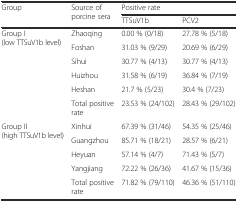
<table><thead><tr><td rowspan="2"><b>Group</b></td><td rowspan="2"><b>Source of porcine sera</b></td><td colspan="2"><b>Positive rate</b></td></tr><tr><td><b>TTSuV1b</b></td><td><b>PCV2</b></td></tr></thead><tbody><tr><td rowspan="6">Group I (low TTSuV1b level)</td><td>Zhaoqing</td><td>0.00 % (0/18)</td><td>27.78 % (5/18)</td></tr><tr><td>Foshan</td><td>31.03 % (9/29)</td><td>20.69 % (6/29)</td></tr><tr><td>Sihui</td><td>30.77 % (4/13)</td><td>30.77 % (4/13)</td></tr><tr><td>Huizhou</td><td>31.58 % (6/19)</td><td>36.84 % (7/19)</td></tr><tr><td>Heshan</td><td>21.7 % (5/23)</td><td>30.4 % (7/23)</td></tr><tr><td>Total positive rate</td><td>23.53 % (24/102)</td><td>28.43 % (29/102)</td></tr><tr><td rowspan="5">Group II (high TTSuV1b level)</td><td>Xinhui</td><td>67.39 % (31/46)</td><td>54.35 % (25/46)</td></tr><tr><td>Guangzhou</td><td>85.71 % (18/21)</td><td>28.57 % (6/21)</td></tr><tr><td>Heyuan</td><td>57.14 % (4/7)</td><td>71.43 % (5/7)</td></tr><tr><td>Yangjiang</td><td>72.22 % (26/36)</td><td>41.67 % (15/36)</td></tr><tr><td>Total positive rate</td><td>71.82 % (79/110)</td><td>46.36 % (51/110)</td></tr></tbody></table>